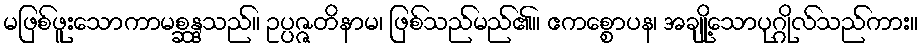
မဖြစ်ဖူးသောကာမစ္ဆန္ဒသည်။ ဥပ္ပဇ္ဇတိနာမ၊ ဖြစ်သည်မည်၏။ ဧကစ္စောပန၊ အချို့သောပုဂ္ဂိုလ်သည်ကား။